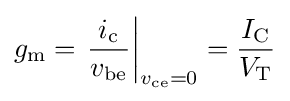
g_{\text{m}}=\left.{\frac {i_{\text{c}}}{v_{\text{be}}}}\right\vert _{v_{\text{ce}}=0}={\frac {I_{\text{C}}}{V_{\text{T}}}}